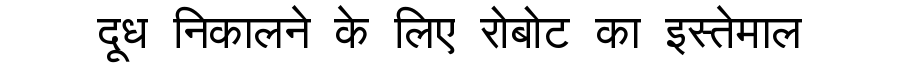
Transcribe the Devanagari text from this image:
दूध निकालने के लिए रोबोट का इस्तेमाल